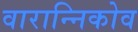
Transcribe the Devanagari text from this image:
वारान्निकोव